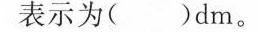
表示为()dm。